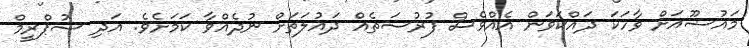
މައުޟޫއަށް ވާހަކަ ދައްކަވަން އެއްވެސް ފުރުސަތެއް ދައުލަތަށް ނުދެއްވާ ކަމަށެވެ. އަދި ސުޕްރީމް